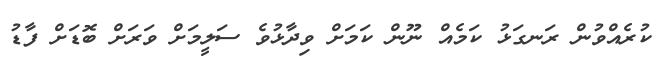
ކުރެއްވުން ރަނގަޅު ކަމެއް ނޫން ކަމަށް ވިދާޅުވެ ސަލީމަށް ވަރަށް ބޮޑަށް ފާޑު